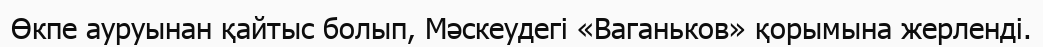
Өкпе ауруынан қайтыс болып, Мәскеудегі «Ваганьков» қорымына жерленді.